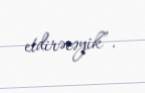
etdirəcəyik”.